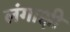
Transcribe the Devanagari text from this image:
लंगाक्षी